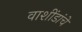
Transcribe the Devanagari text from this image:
वाशींडांचे